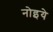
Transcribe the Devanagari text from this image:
नोइये